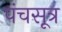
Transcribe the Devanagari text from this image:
पंचसूत्र